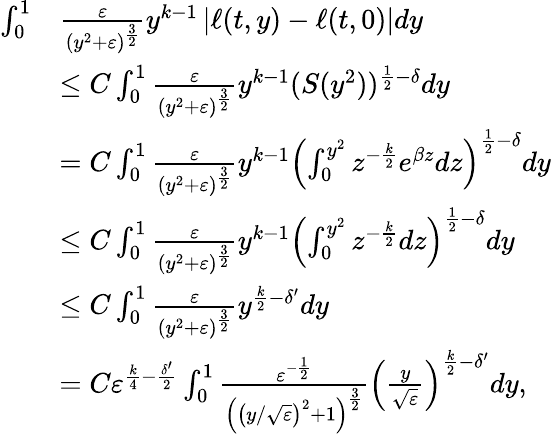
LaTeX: \begin{array}{rl}{\int_{0}^{1}}&{\frac{\varepsilon}{(y^{2}+\varepsilon)^{\frac{3}{2}}}y^{k-1}\left|\ell(t,y)-\ell(t,0)\right|dy}\\ &{\le C\int_{0}^{1}\frac{\varepsilon}{(y^{2}+\varepsilon)^{\frac{3}{2}}}y^{k-1}(S(y^{2}))^{\frac{1}{2}-\delta}dy}\\ &{=C\int_{0}^{1}\frac{\varepsilon}{(y^{2}+\varepsilon)^{\frac{3}{2}}}y^{k-1}\left(\int_{0}^{y^{2}}z^{-\frac{k}{2}}e^{\beta z}dz\right)^{\frac{1}{2}-\delta}dy}\\ &{\le C\int_{0}^{1}\frac{\varepsilon}{(y^{2}+\varepsilon)^{\frac{3}{2}}}y^{k-1}\left(\int_{0}^{y^{2}}z^{-\frac{k}{2}}dz\right)^{\frac{1}{2}-\delta}dy}\\ &{\le C\int_{0}^{1}\frac{\varepsilon}{(y^{2}+\varepsilon)^{\frac{3}{2}}}y^{\frac{k}{2}-\delta^{\prime}}dy}\\ &{=C\varepsilon^{\frac{k}{4}-\frac{\delta^{\prime}}{2}}\int_{0}^{1}\frac{\varepsilon^{-\frac{1}{2}}}{\left(\left({y}/{\sqrt{\varepsilon}}\right)^{2}+1\right)^{\frac{3}{2}}}\left(\frac{y}{\sqrt{\varepsilon}}\right)^{\frac{k}{2}-\delta^{\prime}}dy,}\end{array}